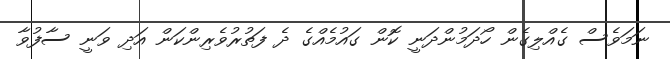
ނަމަވެސް ގެއްލިގެން ހޯދަމުންދަނީ ކޮން ގައުމެއްގެ ދެ ފަތުރުވެރިންކަން އަދި ވަނީ ސާފުވާ